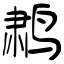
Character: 鹔